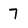
Character: 7